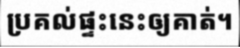
ប្រគល់ផ្ទះនេះឲ្យគាត់។